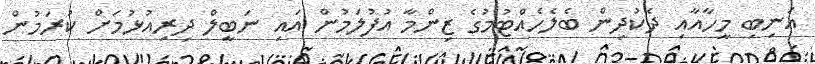
އަނިބި މީހާއާއި ދެކުދިން ބެލެހެއްޓުމުގެ ޒިންމާ އުފުލަމުން އައި ނަބީލް ދިރިއުޅުމަށް ކުރަމުން